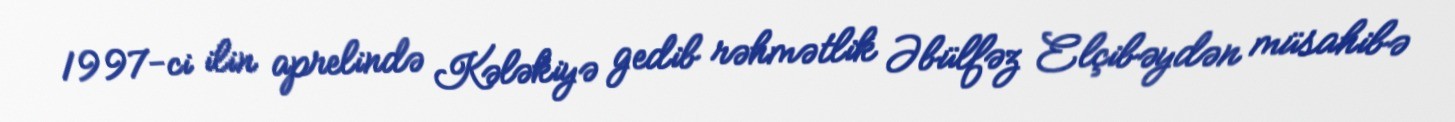
1997-ci ilin aprelində Kələkiyə gedib rəhmətlik Əbülfəz Elçibəydən müsahibə